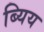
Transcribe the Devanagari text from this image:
ब्यिय